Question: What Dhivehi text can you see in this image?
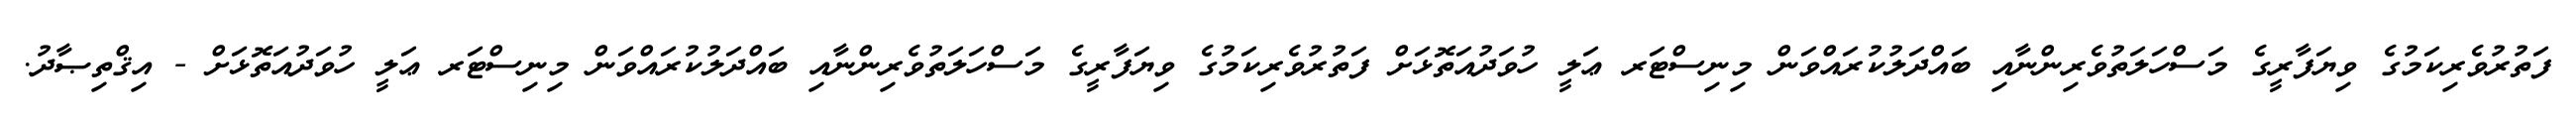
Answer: ފަތުރުވެރިކަމުގެ ވިޔަފާރީގެ މަސްހަލަތުވެރިންނާއި ބައްދަލުކުރައްވަން މިނިސްޓަރ ޢަލީ ހުވަދުއަތޮޅަށް ފަތުރުވެރިކަމުގެ ވިޔަފާރީގެ މަސްހަލަތުވެރިންނާއި ބައްދަލުކުރައްވަން މިނިސްޓަރ ޢަލީ ހުވަދުއަތޮޅަށް - އިޤްތިޞާދު.